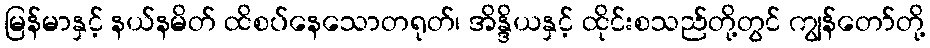
မြန်မာနှင့် နယ်နမိတ် ထိစပ်နေသောတရုတ်၊ အိန္ဒိယနှင့် ထိုင်းစသည်တို့တွင် ကျွန်တော်တို့